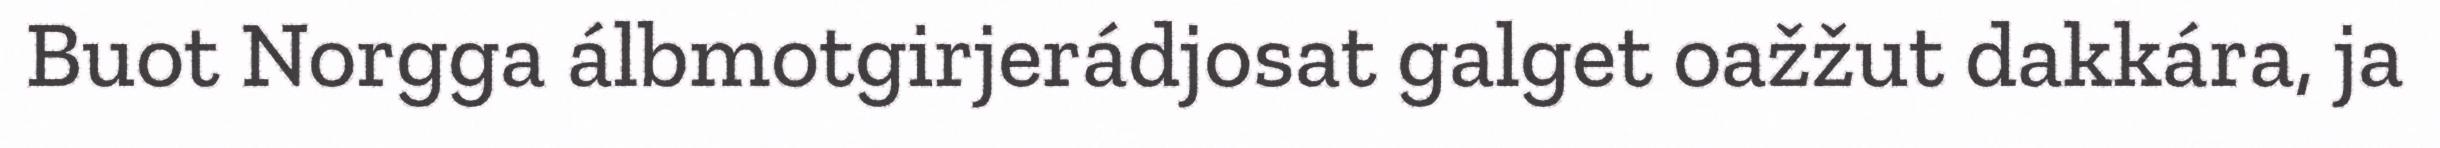
Buot Norgga álbmotgirjerádjosat galget oažžut dakkára, ja